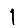
Digit: 1